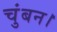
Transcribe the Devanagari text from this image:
चुंबन।